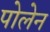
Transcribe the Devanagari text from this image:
पोलेन